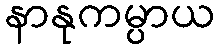
နာနုကမ္ပာယ